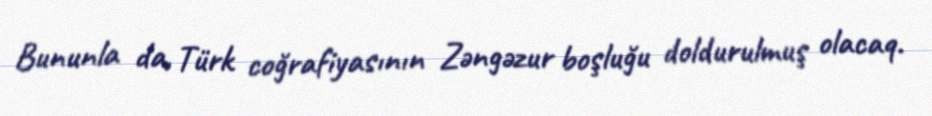
Bununla da, Türk coğrafiyasının Zəngəzur boşluğu doldurulmuş olacaq.